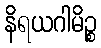
နိရယဂါမိဉ္စ